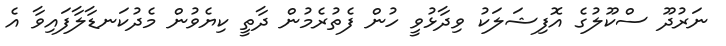
ނަރުދޫ ސްކޫލުގެ އޮފިޝަލަކު ވިދާޅުވީ ހުން ފެތުރެމުން ދާތީ ކިޔެވުން މެދުކަނޑާލާފައިވާ އެ